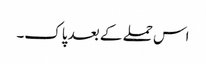
اس حملے کے بعد پاک۔